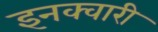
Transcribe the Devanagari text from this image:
इनक्वारी